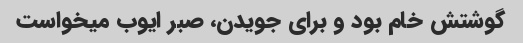
گوشتش خام بود و برای جویدن، صبر ایوب میخواست